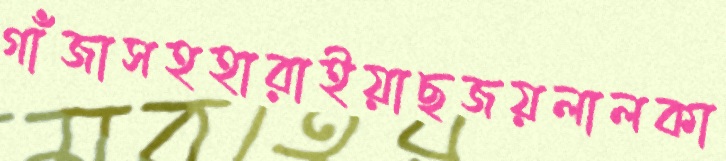
গাঁজাসহহারাইয়াছজয়লালকা